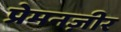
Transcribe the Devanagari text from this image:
प्रेमनज़ीर